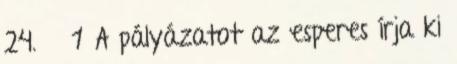
24. § 1 A pályázatot az esperes írja ki